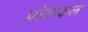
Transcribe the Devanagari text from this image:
प्रोवांकल